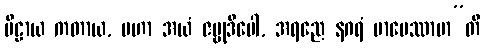
ပီဠာယ ကတာယ, မဟာ အယံ ဇမ္ဗုဒီပေါ, အရညေ နဂရံ မာပေဿာမာ”တိ